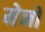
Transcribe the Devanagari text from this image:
मेनो